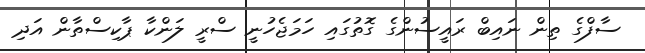
ސާފްގެ ތިން ނައިބް ރައީސުންގެ ގޮތުގައި ހަމަޖެހުނީ ސްރީ ލަންކާ ޕާކިސްތާން އަދި